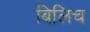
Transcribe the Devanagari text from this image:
बिलिच